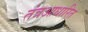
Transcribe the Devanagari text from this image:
तंत्रआधारित